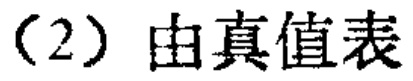
（2）由真值表